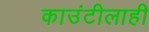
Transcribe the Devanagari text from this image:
काउंटीलाही